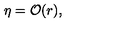
\eta = { \cal O } ( r ) ,